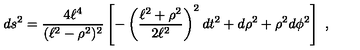
d s ^ { 2 } = \frac { 4 \ell ^ { 4 } } { ( \ell ^ { 2 } - \rho ^ { 2 } ) ^ { 2 } } \left[ - \left( \frac { \ell ^ { 2 } + \rho ^ { 2 } } { 2 \ell ^ { 2 } } \right) ^ { 2 } d t ^ { 2 } + d \rho ^ { 2 } + \rho ^ { 2 } d \phi ^ { 2 } \right] \ ,